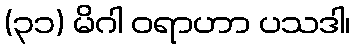
(၃၁) မိဂါ ဝရာဟာ ပသဒါ၊